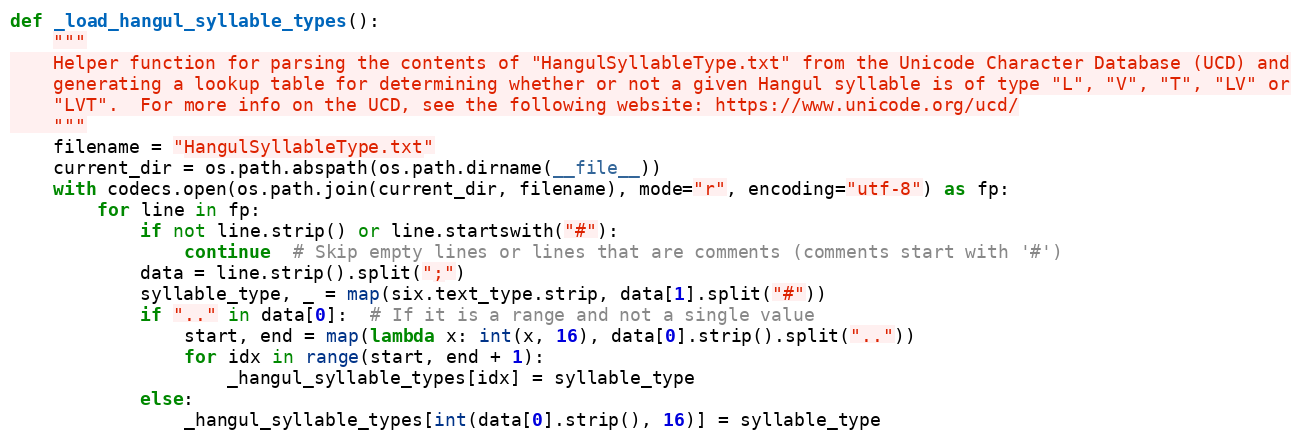
Language: Python
def _load_hangul_syllable_types():
    """
    Helper function for parsing the contents of "HangulSyllableType.txt" from the Unicode Character Database (UCD) and
    generating a lookup table for determining whether or not a given Hangul syllable is of type "L", "V", "T", "LV" or
    "LVT".  For more info on the UCD, see the following website: https://www.unicode.org/ucd/
    """
    filename = "HangulSyllableType.txt"
    current_dir = os.path.abspath(os.path.dirname(__file__))
    with codecs.open(os.path.join(current_dir, filename), mode="r", encoding="utf-8") as fp:
        for line in fp:
            if not line.strip() or line.startswith("#"):
                continue  # Skip empty lines or lines that are comments (comments start with '#')
            data = line.strip().split(";")
            syllable_type, _ = map(six.text_type.strip, data[1].split("#"))
            if ".." in data[0]:  # If it is a range and not a single value
                start, end = map(lambda x: int(x, 16), data[0].strip().split(".."))
                for idx in range(start, end + 1):
                    _hangul_syllable_types[idx] = syllable_type
            else:
                _hangul_syllable_types[int(data[0].strip(), 16)] = syllable_type